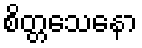
စိတ္တသေနော